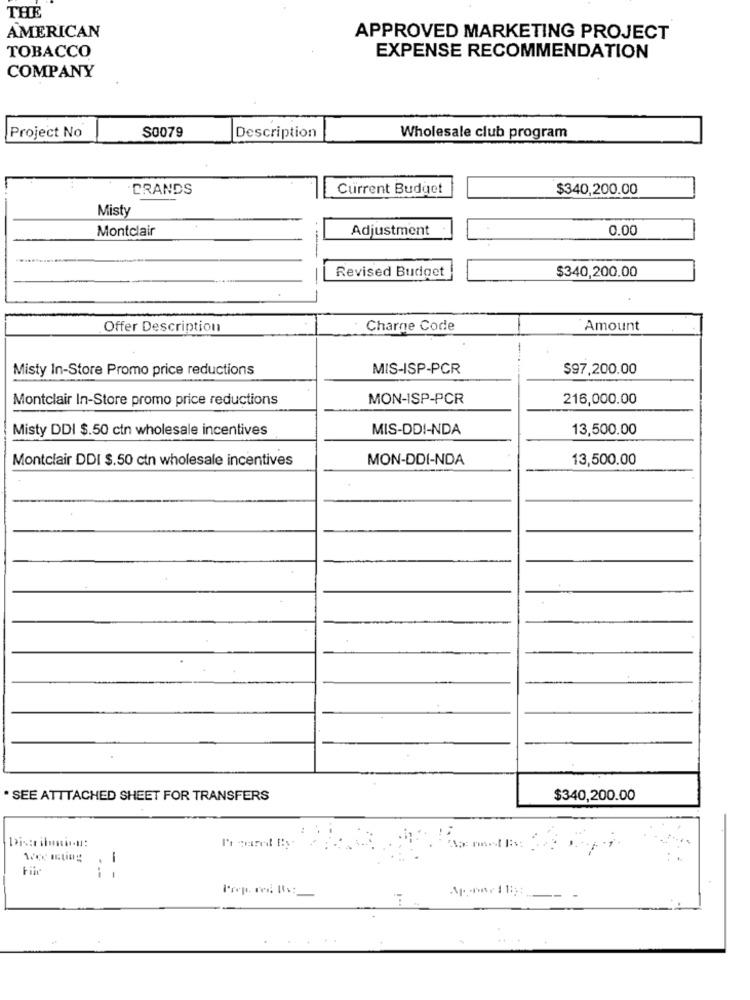
THE
AMERICAN
APPROVED MARKETING PROJECT
TOBACCO
EXPENSE RECOMMENDATION
COMPANY
S0079
Project No
Description
Wholesale club program
BRANDS
Current Budget
$340,200.00
Misty
Montclair
Adjustment
0.00
Revised Budget
$340,200.00
Offer Description
Charge Code
Amount
Misty In-Store Promo price reductions
MIS-ISP-PCR
$97.200.00
Montclair In-Store promo price reductions
MON-ISP-PCR
216,000.00
Misty DDI $.50 ctn wholesale incentives
MIS-DDI-NDA
13,500.00
Montclair DDI $.50 ctn wholesale incentives
MON-DDI-NDA
13,500.00
. SEE ATTTACHED SHEET FOR TRANSFERS
$340,200.00
File
- -